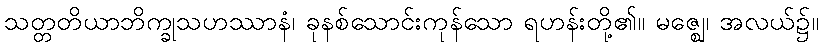
သတ္တတိယာဘိက္ခုသဟဿာနံ၊ ခုနစ်သောင်းကုန်သော ရဟန်းတို့၏။ မဇ္ဈေ၊ အလယ်၌။